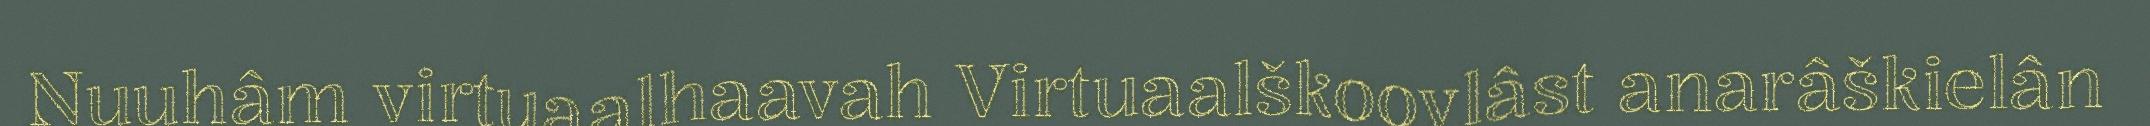
Nuuhâm virtuaalhaavah Virtuaalškoovlâst anarâškielân